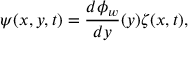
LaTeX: \psi ( x , y , t ) = \frac { d \phi _ { w } } { d y } ( y ) \zeta ( x , t ) ,